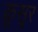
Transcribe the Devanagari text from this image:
क़ूसूर